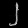
Digit: ၂